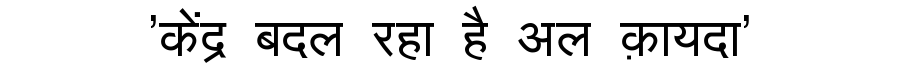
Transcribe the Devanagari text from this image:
'केंद्र बदल रहा है अल क़ायदा'